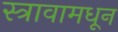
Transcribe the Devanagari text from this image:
स्त्रावामधून